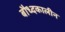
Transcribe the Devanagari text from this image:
बौध्दकालीन